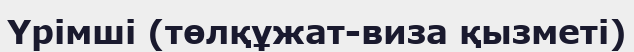
Үрімші (төлқұжат-виза қызметі)